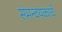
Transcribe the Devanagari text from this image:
समन्वयकाचे